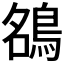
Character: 𮬶